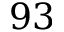
9 3